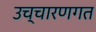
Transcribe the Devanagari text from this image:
उच्‍चारणगत